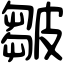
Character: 皺